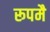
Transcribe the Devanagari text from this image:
रूपमै